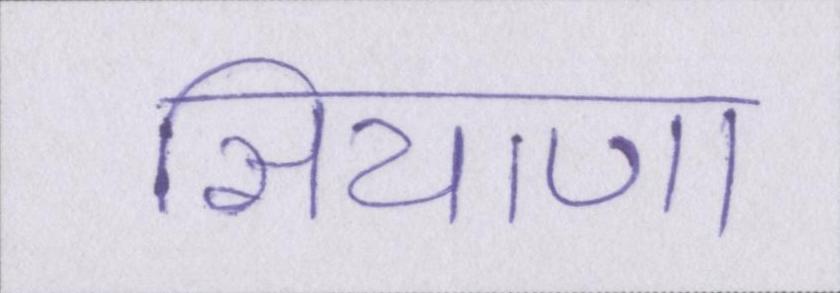
सियाणा